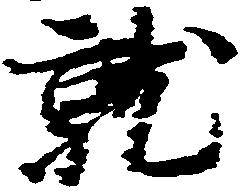
就